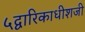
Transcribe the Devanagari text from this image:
५द्वारिकाधीशजी